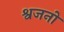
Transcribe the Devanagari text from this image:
श्वजनो